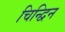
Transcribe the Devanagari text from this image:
चिन्द्विन